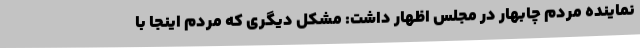
نماینده مردم چابهار در مجلس اظهار داشت: مشکل دیگری که مردم اینجا با